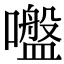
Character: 𡂑